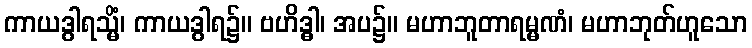
ကာယဒွါရသ္မိံ၊ ကာယဒွါရ၌။ ဗဟိဒ္ဓါ၊ အပ၌။ မဟာဘူတာရမ္မဏံ၊ မဟာဘုတ်ဟူသော